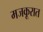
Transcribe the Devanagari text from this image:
मजकूरात